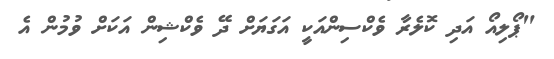
"ޕޯލިއޯ އަދި ކޮލެރާ ވެކްސިންއަކީ އަގަޔަށް ދޭ ވެކްޝިން އަކަށް ވުމުން އެ